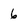
Character: 6